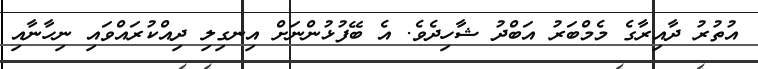
އުތުރު ދާއިރާގެ މެމްބަރު އަބްދު ޝާހިދެވެ. އެ ބޭފުޅުންނަށް އިނގިލި ދިއްކުރައްވައި ނިހާނާއި